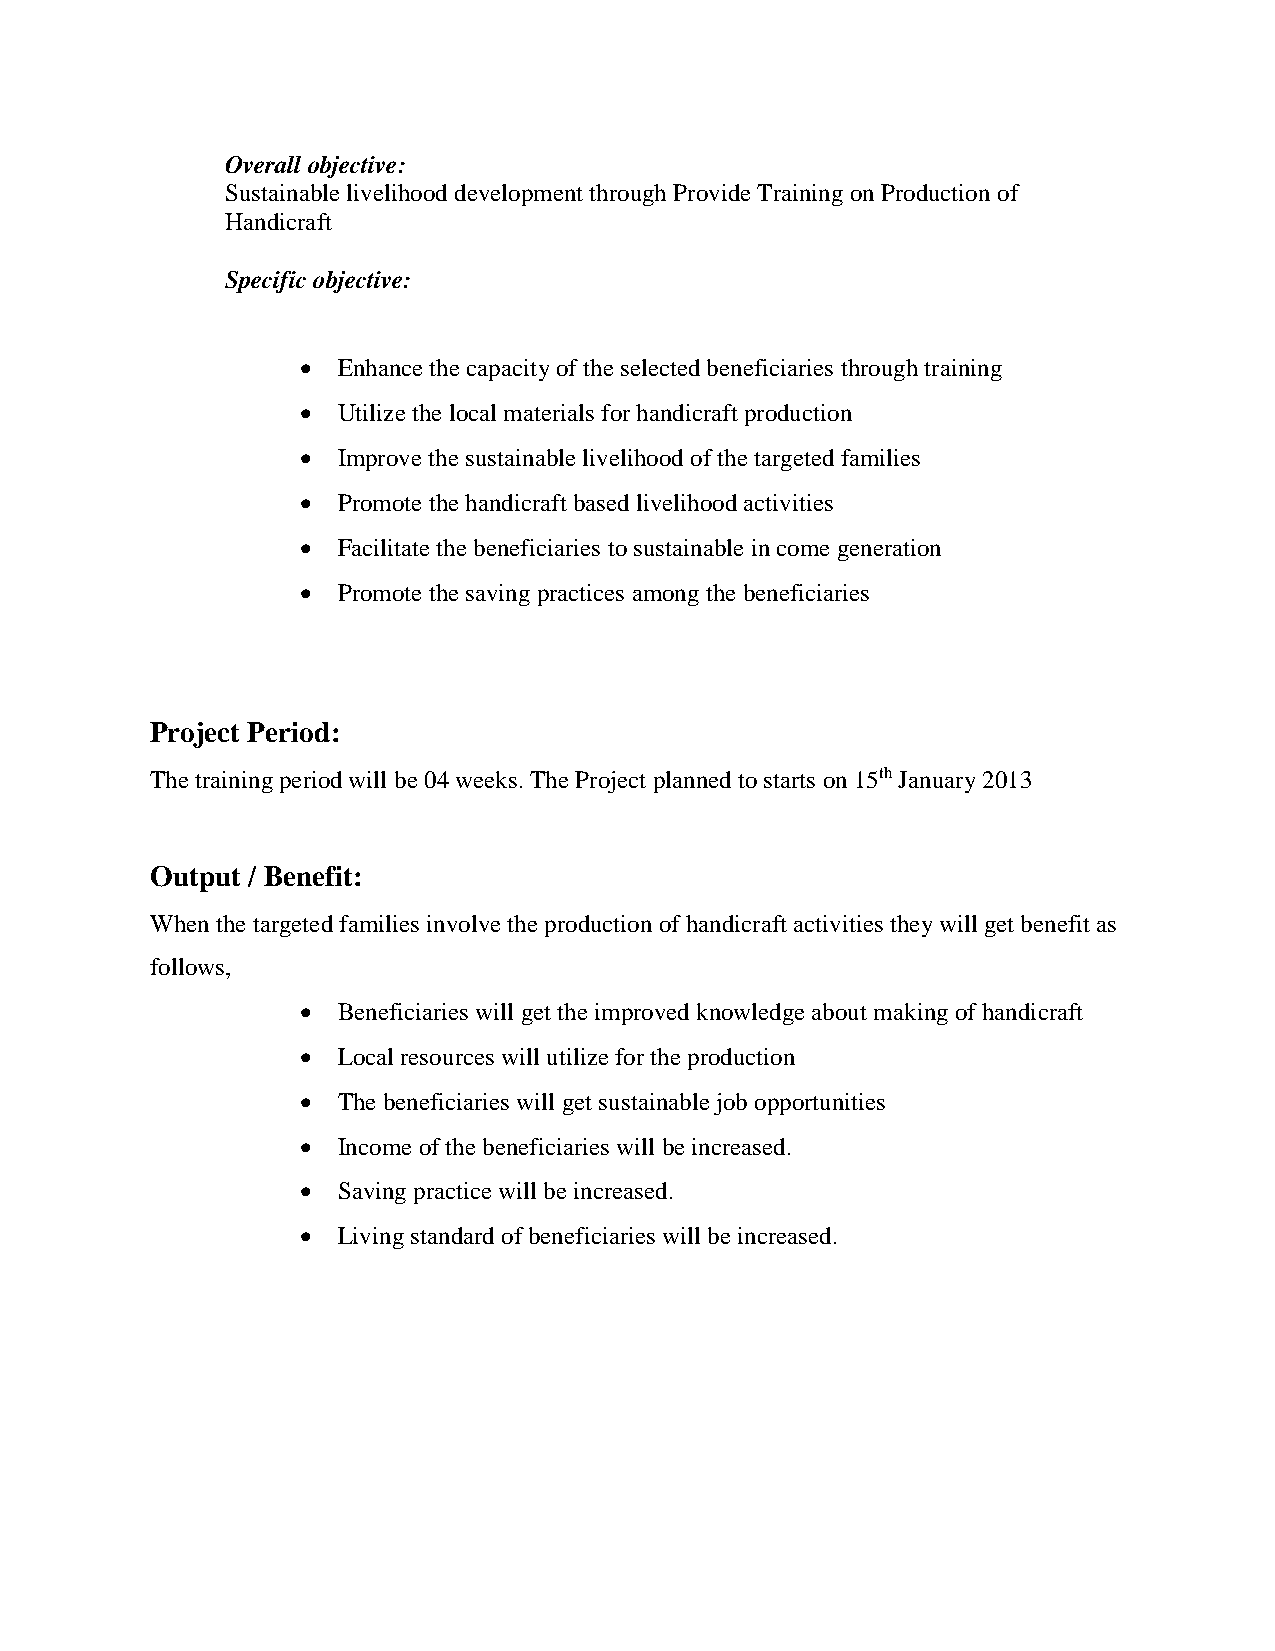
Overall objective:
 Sustainable livelihood development through Provide Training on Production of
 Handicraft
 Specific objective:
  Enhance the capacity of the selected beneficiaries through training
  Utilize the local materials for handicraft production
  Improve the sustainable livelihood of the targeted families
  Promote the handicraft based livelihood activities
  Facilitate the beneficiaries to sustainable in come generation
  Promote the saving practices among the beneficiaries
 Project Period:
 The training period will be 04 weeks. The Project planned to starts on 15th January 2013
 Output / Benefit:
 When the targeted families involve the production of handicraft activities they will get benefit as
 follows,
  Beneficiaries will get the improved knowledge about making of handicraft
  Local resources will utilize for the production
  The beneficiaries will get sustainable job opportunities
  Income of the beneficiaries will be increased.
  Saving practice will be increased.
  Living standard of beneficiaries will be increased.